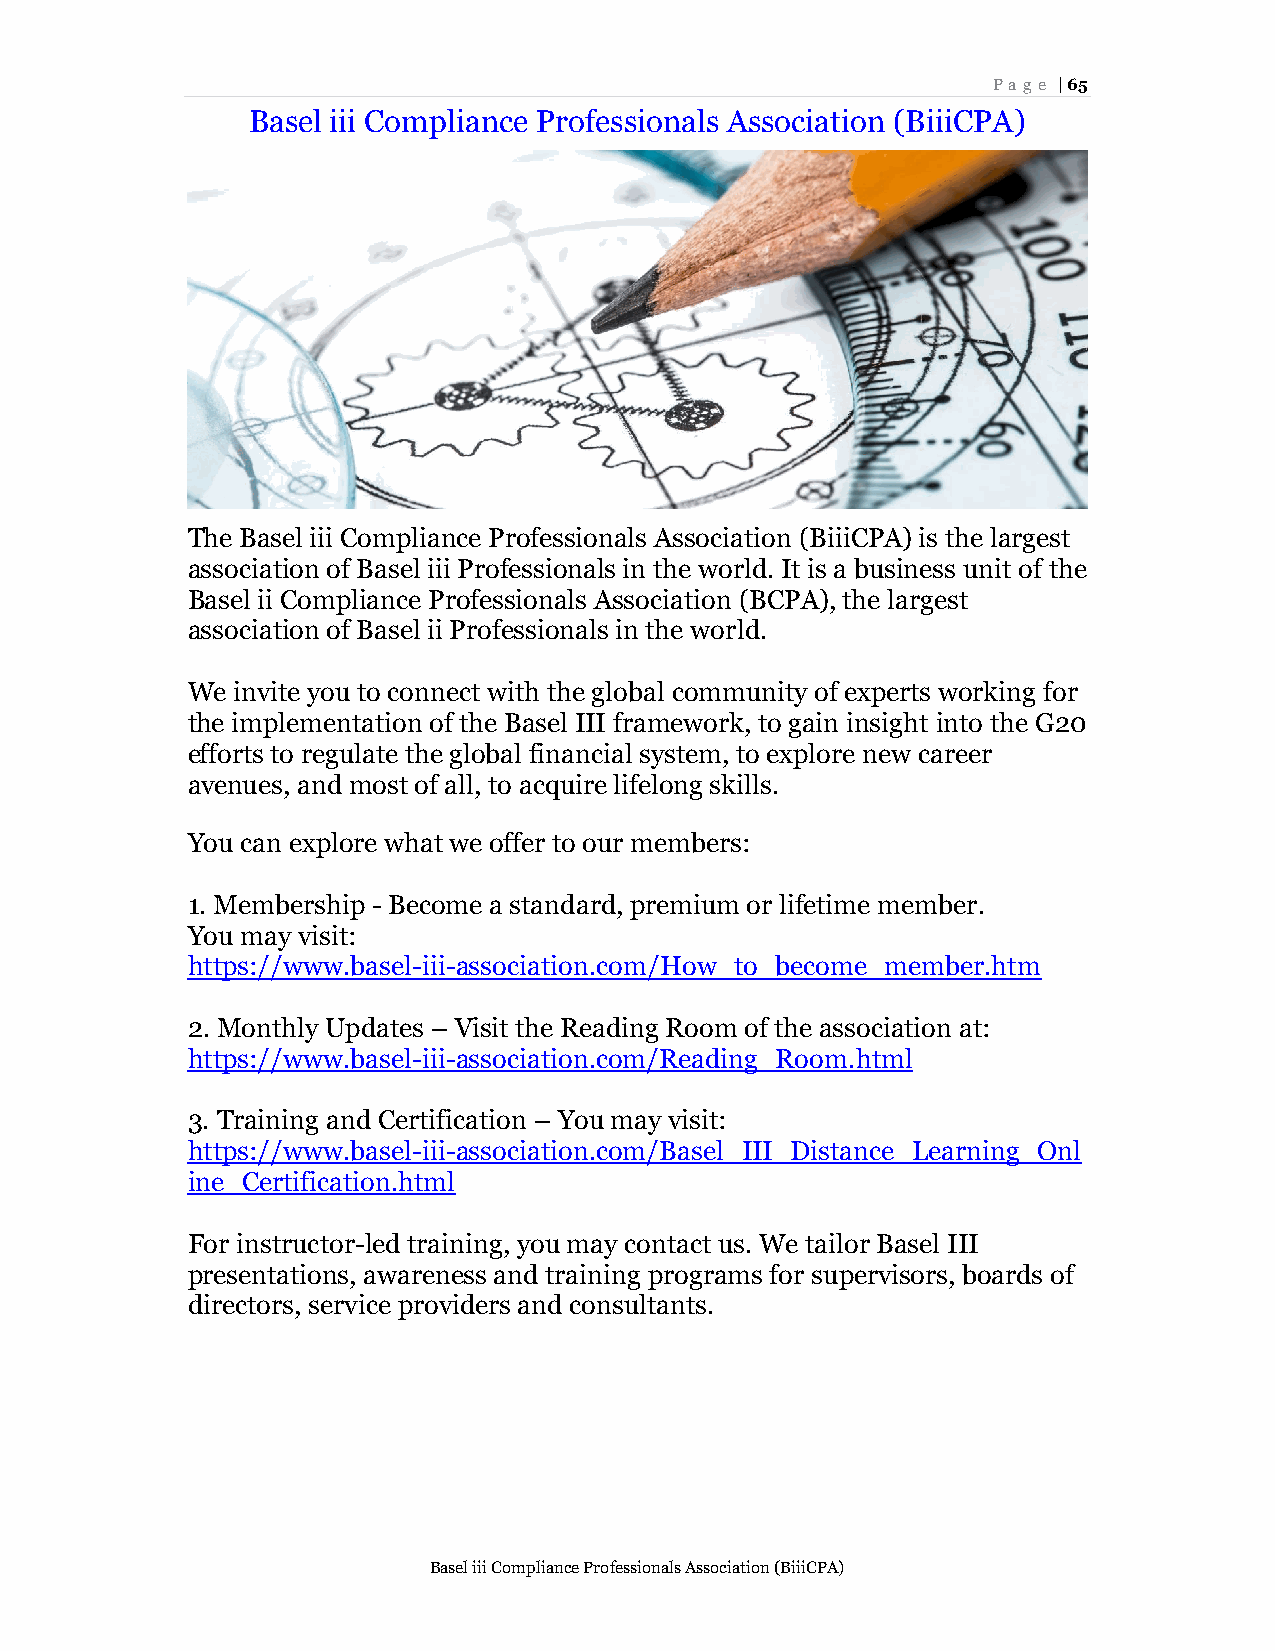
Page | 65
 Basel iii Compliance Professionals Association (BiiiCPA)
 The Basel iii Compliance Professionals Association (BiiiCPA) is the largest
 association of Basel iii Professionals in the world. It is a business unit of the
 Basel ii Compliance Professionals Association (BCPA), the largest
 association of Basel ii Professionals in the world.
 We invite you to connect with the global community of experts working for
 the implementation of the Basel III framework, to gain insight into the G20
 efforts to regulate the global financial system, to explore new career
 avenues, and most of all, to acquire lifelong skills.
 You can explore what we offer to our members:
 1. Membership - Become a standard, premium or lifetime member.
 You may visit:
 https://www.basel-iii-association.com/How_to_become_member.htm
 2. Monthly Updates – Visit the Reading Room of the association at:
 https://www.basel-iii-association.com/Reading_Room.html
 3. Training and Certification – You may visit:
 https://www.basel-iii-association.com/Basel_III_Distance_Learning_Onl
 ine_Certification.html
 For instructor-led training, you may contact us. We tailor Basel III
 presentations, awareness and training programs for supervisors, boards of
 directors, service providers and consultants.
 Basel iii Compliance Professionals Association (BiiiCPA)